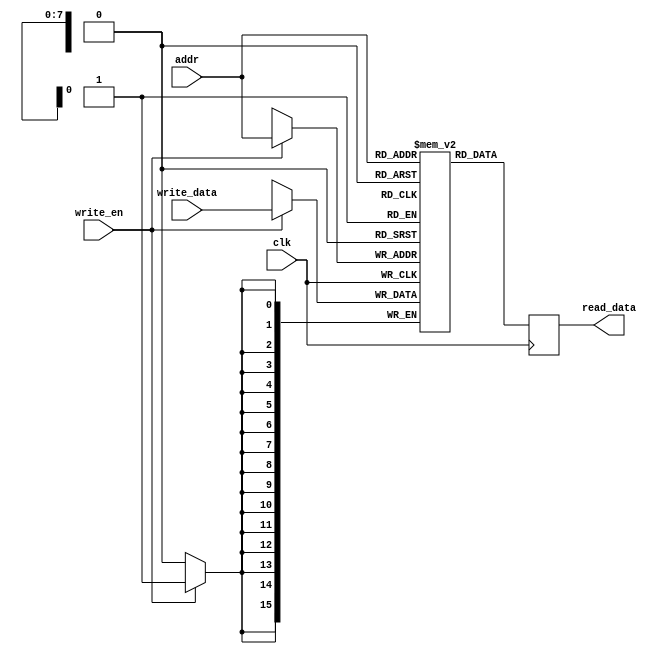
`default_nettype none

module single_port_ram #(parameter width = 16, size = 256)(
    input wire clk,
    input wire [$clog2(size) - 1:0] addr,
    output reg [width - 1:0] read_data,
    input wire write_en,
    input wire [width - 1:0] write_data);

    reg [width-1:0] mem [size - 1:0];
    always @(posedge clk) begin
        if (write_en)
            mem[addr] <= write_data;
        read_data <= mem[addr];
    end
endmodule